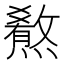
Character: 𤐳